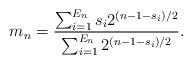
LaTeX: \begin{align*} m_n = \frac{\sum_{i=1}^{E_n} s_i 2^{(n-1-s_i)/2}}{\sum_{i=1}^{E_n} 2^{(n-1-s_i)/2}} .\end{align*}